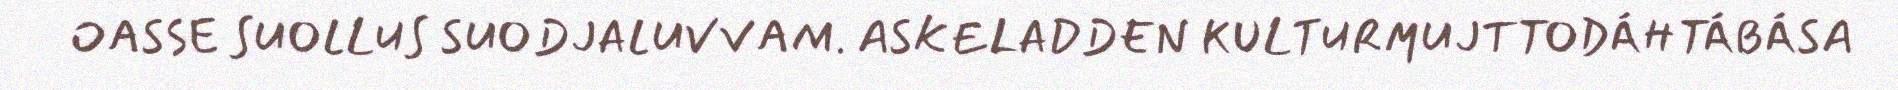
OASSE SUOLLUS SUODJALUVVAM. ASKELADDEN KULTURMUJTTODÁHTÁBÁSA